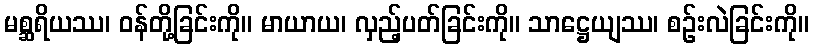
မစ္ဆရိယဿ၊ ဝန်တို့ခြင်းကို။ မာယာယ၊ လှည့်ပတ်ခြင်းကို။ သာဋ္ဌေယျဿ၊ စဉ်းလဲခြင်းကို။